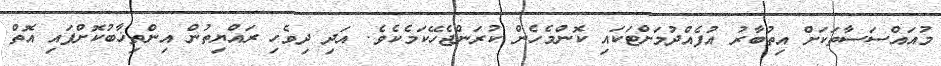
މުއައްސަސާތަކަށް އިތުބާރު އުފެއްދުމަށްޓަކައި ކޮންމެހެން ކުރަންޖެހޭކަމެކެވެ. އަދި ދިވެހި ރައްޔިތުން އިންތިޚާބުކޮށްފައި އޮތް